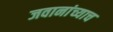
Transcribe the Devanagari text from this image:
जवानांच्याच